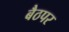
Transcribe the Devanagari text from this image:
बैठपर